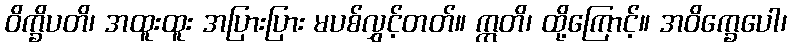
ဝိက္ခိပတိ၊ အထူးထူး အပြားပြား မပစ်လွှင့်တတ်။ ဣတိ၊ ထို့ကြောင့်။ အဝိက္ခေပေါ၊